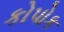
કોપોક